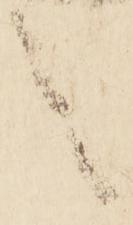
言